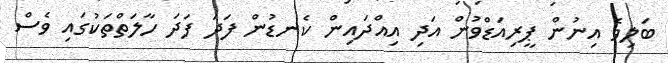
ބަލިވެ އިނުން ޕީރިއަޑްވުން އަދި އިއްދައިން ކެނޑުން ފަދަ ފަދަ ހާލަތްތަކުގައި ވެސް